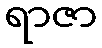
ရာဇာ